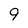
Character: 9